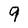
Character: 9